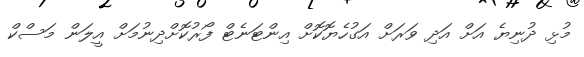
މުޅި ދުނިޔެ އަށް އަދި ވަރަށް އަގުހެޔޮކޮށް އިންޓަނެޓް ފޯރުކޮށްދިނުމަށް އީލަން މަސްކް